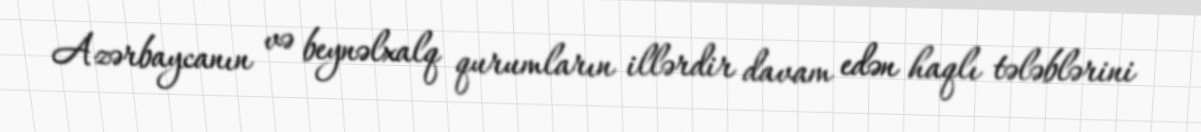
Azərbaycanın və beynəlxalq qurumların illərdir davam edən haqlı tələblərini